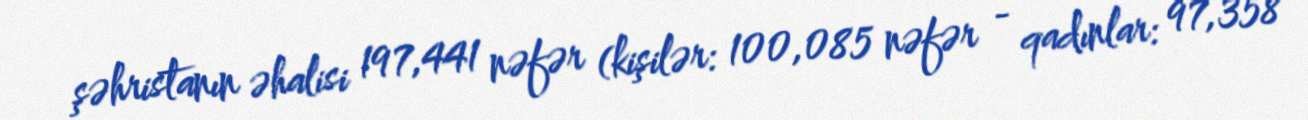
şəhristanın əhalisi 197,441 nəfər (kişilər: 100,085 nəfər - qadınlar: 97,358